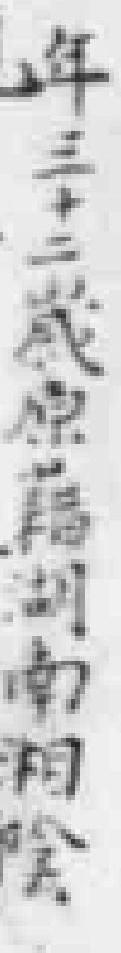
年三十三歲原籍湖南湘陰